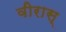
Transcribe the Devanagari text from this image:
वीरास्